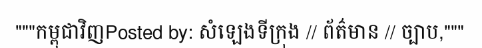
"""កម្ពុជាវិញPosted by: សំឡេងទីក្រុង // ព័ត៌មាន // ច្បាប,"""